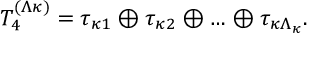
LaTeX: { \cal T } _ { 4 } ^ { ( \Lambda \kappa ) } = \tau _ { \kappa 1 } \oplus \tau _ { \kappa 2 } \oplus \ldots \oplus \tau _ { \kappa \Lambda _ { \kappa } } .